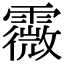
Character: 霺